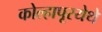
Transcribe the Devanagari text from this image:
कोल्हापूरयेथे